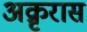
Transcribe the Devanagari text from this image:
अक्रृरास